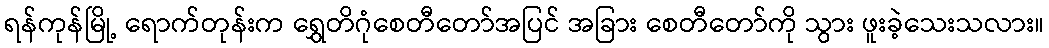
ရန်ကုန်မြို့ ရောက်တုန်းက ရွှေတိဂုံစေတီတော်အပြင် အခြား စေတီတော်ကို သွား ဖူးခဲ့သေးသလား။